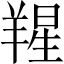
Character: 𦎬